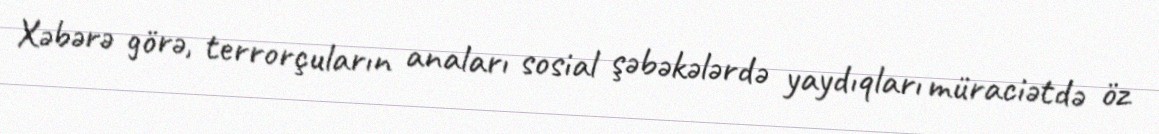
Xəbərə görə, terrorçuların anaları sosial şəbəkələrdə yaydıqları müraciətdə öz